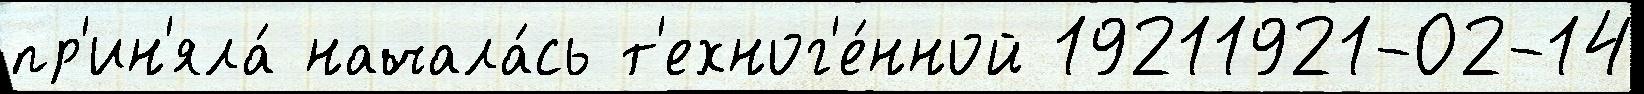
пр'ин'яла́ начала́сь т'ехног'е́нной 19211921-02-14